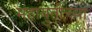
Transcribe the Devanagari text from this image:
महायुतीच्या